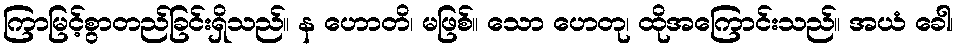
ကြာမြင့်စွာတည်ခြင်းရှိသည်။ န ဟောတိ၊ မဖြစ်။ သော ဟေတု၊ ထိုအကြောင်းသည်။ အယံ ခေါ၊